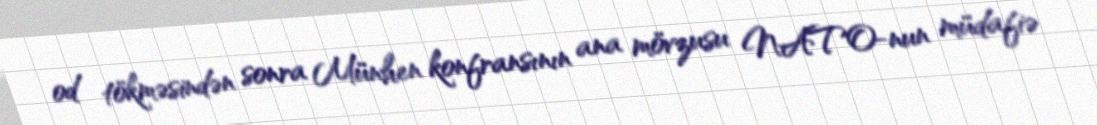
od tökməsindən sonra Münhen konfransının ana mövzusu NATO-nun müdafiə